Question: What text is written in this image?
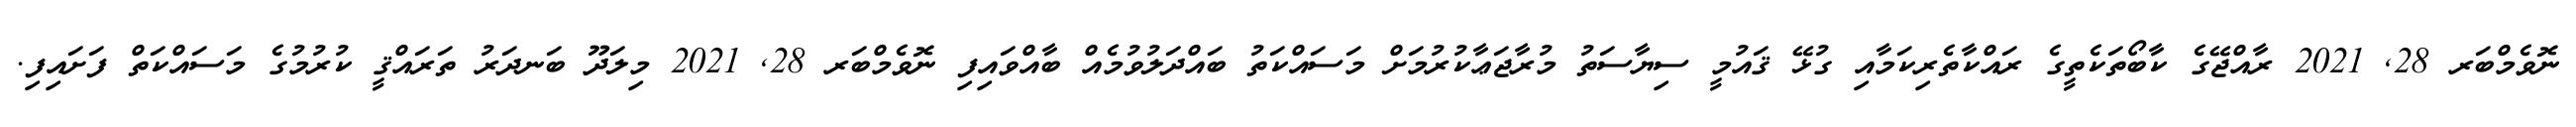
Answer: ނޮވެމްބަރ 28, 2021 ރާއްޖޭގެ ކާބޯތަކެތީގެ ރައްކާތެރިކަމާއި ގުޅޭ ޤައުމީ ސިޔާސަތު މުރާޖަޢާކުރުމަށް މަސައްކަތު ބައްދަލުވުމެއް ބާއްވައިފި ނޮވެމްބަރ 28, 2021 މިލަދޫ ބަނދަރު ތަރައްޤީ ކުރުމުގެ މަސައްކަތް ފަށައިފި.